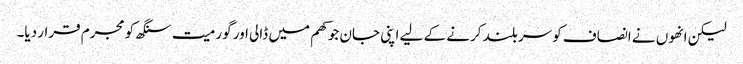
لیکن انھوں نے انصاف کو سربلند کرنے کے لیے اپنی جان جوکھم میں ڈالی اور گورمیت سنگھ کو مجرم قرار دیا۔